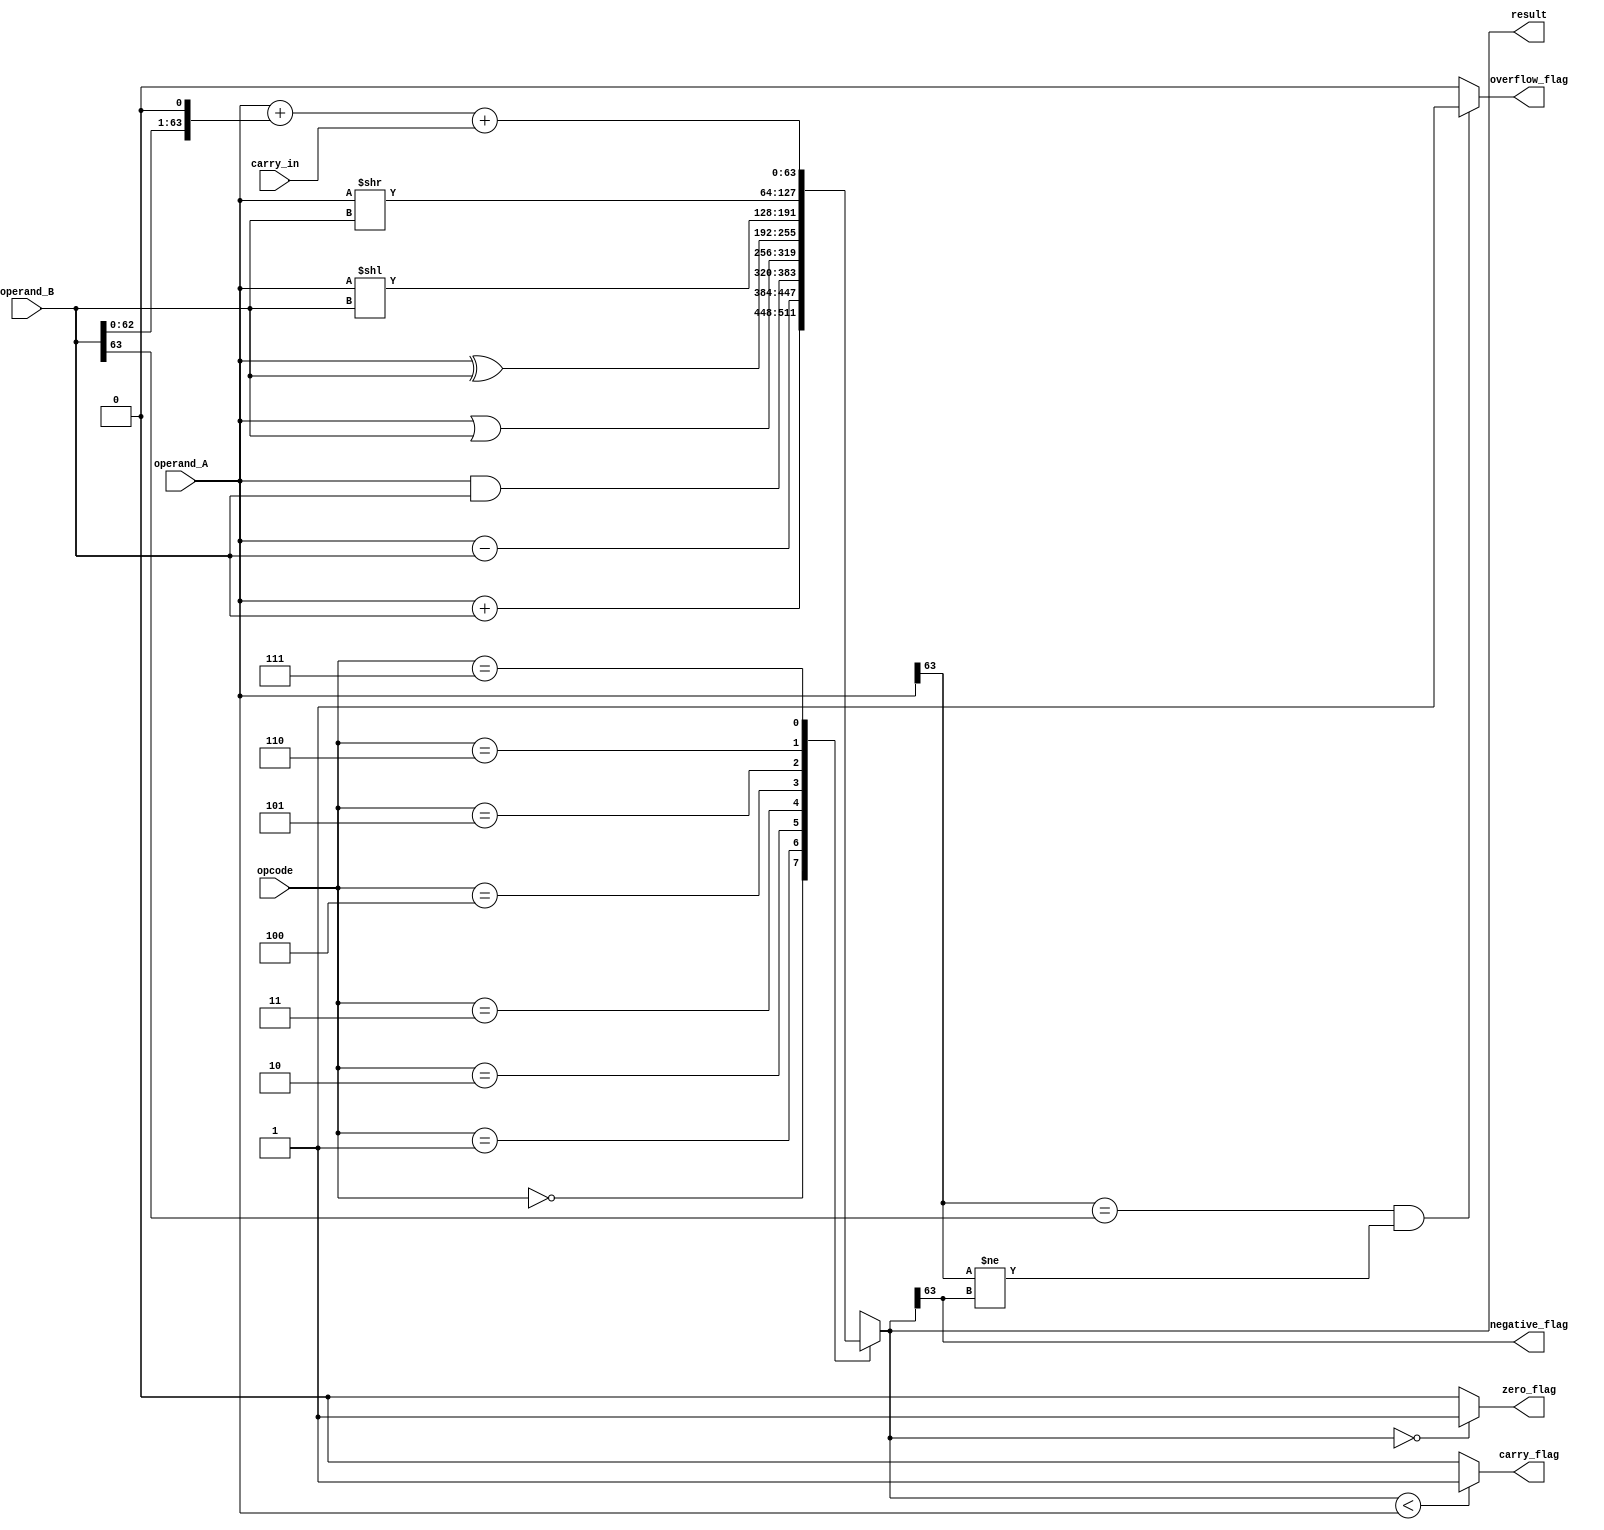
module ALU_64bit (
    input [63:0] operand_A,
    input [63:0] operand_B,
    input [2:0] opcode, // specify the operation to be performed
    input carry_in,
    output reg[63:0] result,
    output reg zero_flag,
    output reg carry_flag,
    output reg overflow_flag,
    output reg negative_flag
);

always @ (*)
begin
    case (opcode)
        3'b000: result = operand_A + operand_B; // addition
        3'b001: result = operand_A - operand_B; // subtraction
        3'b010: result = operand_A & operand_B; // bitwise AND
        3'b011: result = operand_A | operand_B; // bitwise OR
        3'b100: result = operand_A ^ operand_B; // bitwise XOR
        3'b101: result = operand_A << operand_B; // shift left
        3'b110: result = operand_A >> operand_B; // shift right
        3'b111: result = operand_A + (operand_B << 1) + carry_in; // add with carry
        default: result = 64'h0000000000000000; // default to zero
    endcase
    
    zero_flag = (result == 64'h0000000000000000) ? 1'b1 : 1'b0;
    carry_flag = (result < operand_A) ? 1'b1 : 1'b0;
    overflow_flag = ((operand_A[63] == operand_B[63]) && (operand_A[63] != result[63])) ? 1'b1 : 1'b0;
    negative_flag = result[63];
end

endmodule